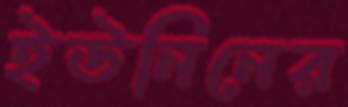
ইউনিনের